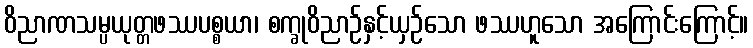
ဝိညာဏသမ္ပယုတ္တဖဿပစ္စယာ၊ စက္ခုဝိညာဉ်နှင့်ယှဉ်သော ဖဿဟူသော အကြောင်းကြောင့်။